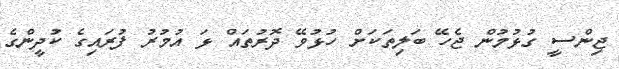
ޖިންސީ ގުޅުމުން ޖެހޭ ބަލިތަކަށް ހުޅުވޭ ދޮރުތައް ޅަ އުމުރު ފުރައިގެ ކުދީންގެ